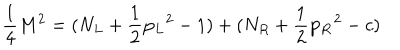
{ \frac { 1 } { 4 } } M ^ { 2 } = ( N _ { L } + { \frac { 1 } { 2 } } { \bf p _ { L } } ^ { 2 } - 1 ) + ( N _ { R } + { \frac { 1 } { 2 } } { \bf p _ { R } } ^ { 2 } - c )